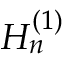
H _ { n } ^ { ( 1 ) }